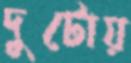
দুটোয়